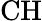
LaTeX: \mathrm{CH}